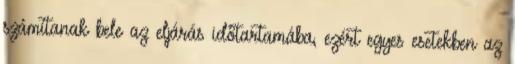
számítanak bele az eljárás időtartamába, ezért egyes esetekben az